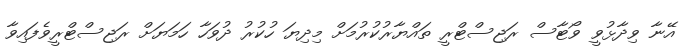
އޭނާ ވިދާޅުވީ ވޯޓާސް ރަޖިސްޓްރީ ތައްޔާރުކުރުމަށް މިދިޔަ ހުކުރު ދުވަހާ ހަމަޔަށް ރަޖިސްޓްރީވެފައިވާ